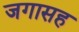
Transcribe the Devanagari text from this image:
जगासह